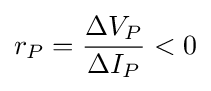
r_{P}={\Delta V_{P} \over \Delta I_{P}}<0